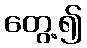
တွေ့၍